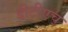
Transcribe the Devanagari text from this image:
डीटीएच्‌